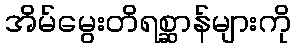
အိမ်မွေးတိရစ္ဆာန်များကို